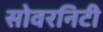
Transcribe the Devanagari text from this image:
सोवरनिटी